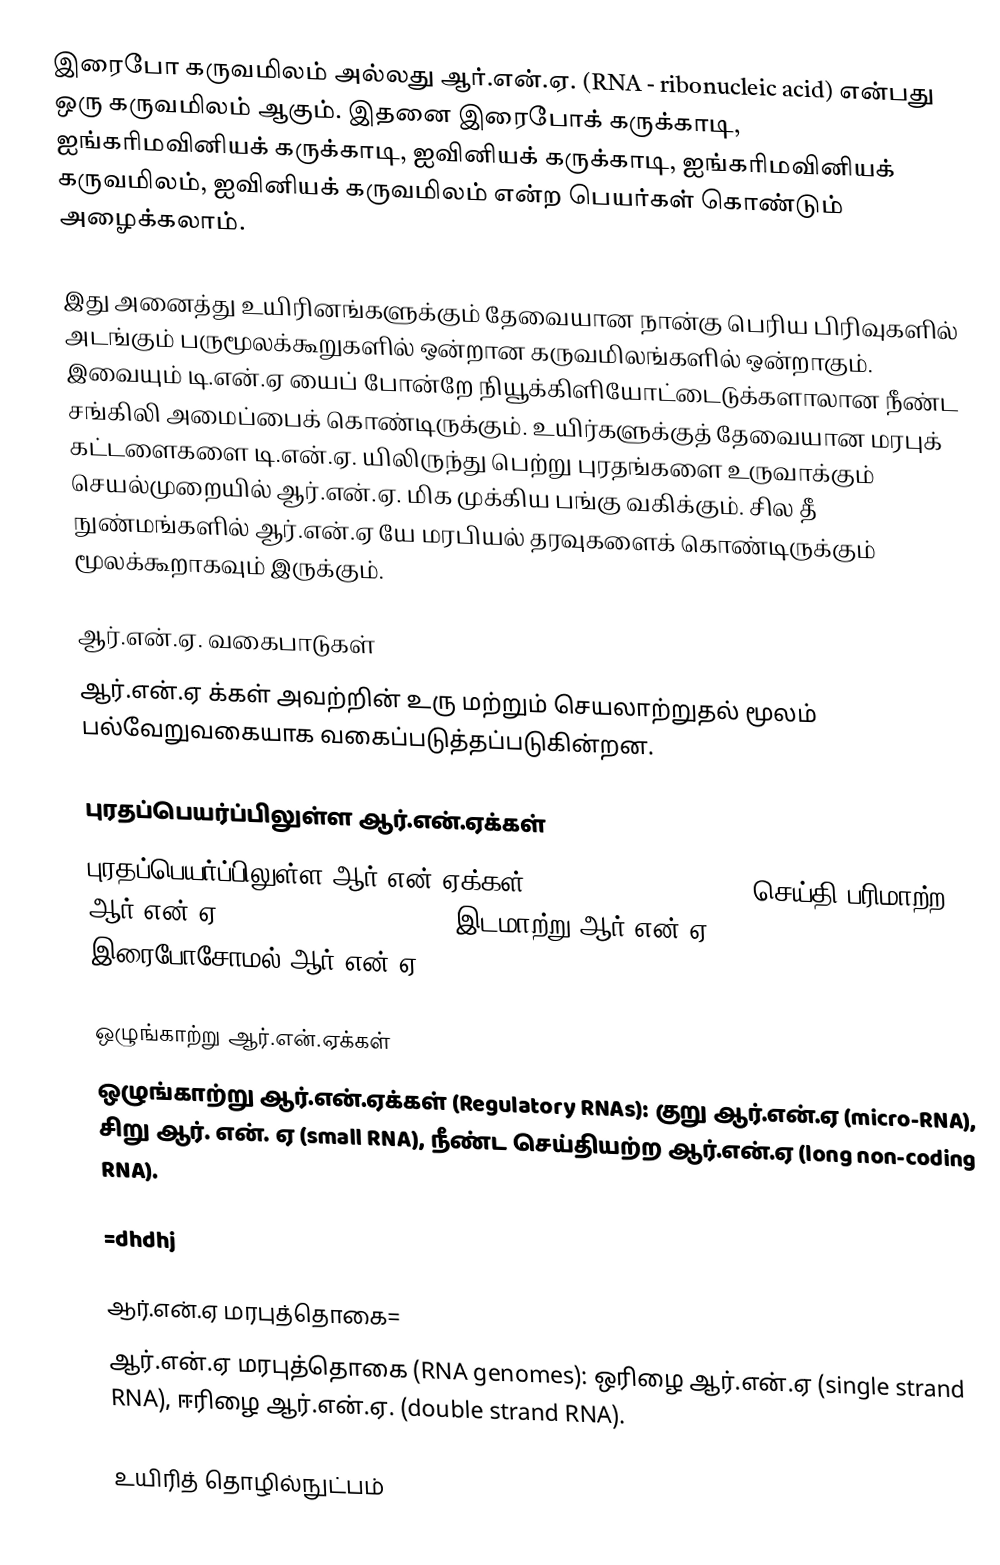
இரைபோ கருவமிலம் அல்லது ஆர்.என்.ஏ. (RNA - ribonucleic acid) என்பது ஒரு கருவமிலம் ஆகும். இதனை இரைபோக் கருக்காடி, ஐங்கரிமவினியக் கருக்காடி, ஐவினியக் கருக்காடி, ஐங்கரிமவினியக் கருவமிலம், ஐவினியக் கருவமிலம் என்ற பெயர்கள் கொண்டும் அழைக்கலாம்.

இது அனைத்து உயிரினங்களுக்கும் தேவையான நான்கு பெரிய பிரிவுகளில் அடங்கும் பருமூலக்கூறுகளில் ஒன்றான கருவமிலங்களில் ஒன்றாகும். இவையும் டி.என்.ஏ யைப் போன்றே நியூக்கிளியோட்டைடுக்களாலான நீண்ட சங்கிலி அமைப்பைக் கொண்டிருக்கும். உயிர்களுக்குத் தேவையான  மரபுக் கட்டளைகளை டி.என்.ஏ. யிலிருந்து பெற்று புரதங்களை உருவாக்கும் செயல்முறையில் ஆர்.என்.ஏ. மிக முக்கிய பங்கு வகிக்கும். சில தீ நுண்மங்களில் ஆர்.என்.ஏ யே மரபியல் தரவுகளைக் கொண்டிருக்கும்  மூலக்கூறாகவும் இருக்கும்.

ஆர்.என்.ஏ. வகைபாடுகள்
ஆர்.என்.ஏ க்கள் அவற்றின் உரு மற்றும் செயலாற்றுதல் மூலம் பல்வேறுவகையாக வகைப்படுத்தப்படுகின்றன.

புரதப்பெயர்ப்பிலுள்ள ஆர்.என்.ஏக்கள்
புரதப்பெயர்ப்பிலுள்ள ஆர்.என்.ஏக்கள் (RNA in translation): செய்தி பரிமாற்ற ஆர்.என்.ஏ (messenger RNA -mRNA), இடமாற்று ஆர்.என்.ஏ (transfer RNA-tRNA), இரைபோசோமல் ஆர்.என்.ஏ (ribosomal RNA -rRNA).

ஒழுங்காற்று ஆர்.என்.ஏக்கள்
ஒழுங்காற்று ஆர்.என்.ஏக்கள் (Regulatory RNAs): குறு ஆர்.என்.ஏ (micro-RNA), சிறு ஆர். என். ஏ (small RNA), நீண்ட செய்தியற்ற ஆர்.என்.ஏ (long non-coding RNA).

=dhdhj

ஆர்.என்.ஏ மரபுத்தொகை=
ஆர்.என்.ஏ மரபுத்தொகை (RNA genomes): ஒரிழை ஆர்.என்.ஏ (single strand RNA), ஈரிழை ஆர்.என்.ஏ. (double strand RNA).

உயிரித் தொழில்நுட்பம்